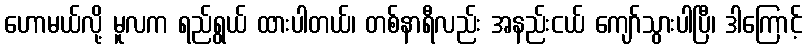
ဟောမယ်လို့ မူလက ရည်ရွယ် ထားပါတယ်၊ တစ်နာရီလည်း အနည်းငယ် ကျော်သွားပါပြီ၊ ဒါကြောင့်